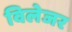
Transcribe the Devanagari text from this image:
विलेजर